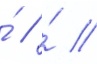
́ // ́ //